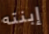
إبنته